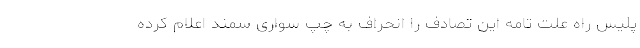
پلیس راه علت تامه این تصادف را انحراف به چپ سواری سمند اعلام کرده